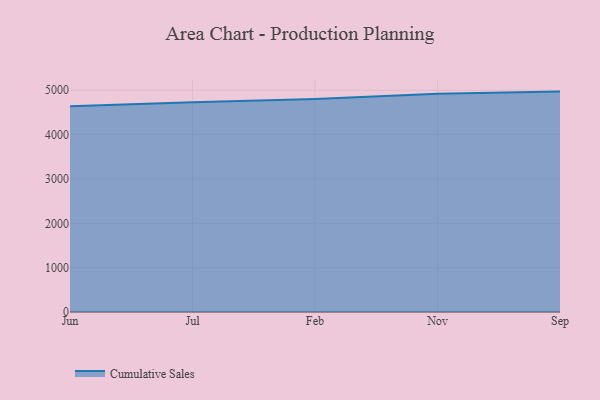
{"axis": {"x": "Month", "y": "Backlog"}, "legend": ["Cumulative Sales"], "data": [{"x": "Jun", "y": 4639.1, "type": "Cumulative Sales"}, {"x": "Jul", "y": 4729.8, "type": "Cumulative Sales"}, {"x": "Feb", "y": 4801.1, "type": "Cumulative Sales"}, {"x": "Nov", "y": 4918.4, "type": "Cumulative Sales"}, {"x": "Sep", "y": 4969.4, "type": "Cumulative Sales"}]}